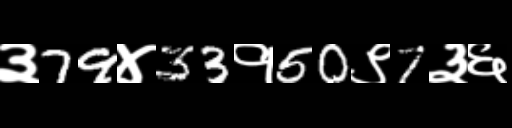
Text: ३79४33१50९7३६